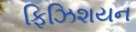
ફિઝિશયન